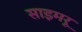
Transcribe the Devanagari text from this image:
साइमरू